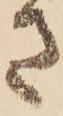
さ